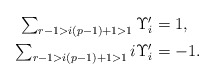
\begin{align*}\textstyle \sum_{r - 1 > i(p-1) + 1 > 1} \Upsilon_i' & \textstyle = 1,\\\textstyle \sum_{r - 1 > i(p-1) + 1 > 1} i\Upsilon_i' & \textstyle = -1.\end{align*}